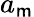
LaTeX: a_{\mathsf{m}}